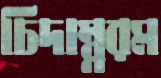
চিদাম্ব্বরম